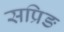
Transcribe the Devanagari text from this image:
सप्रिङ